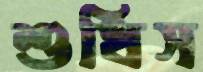
শুধিস